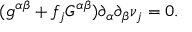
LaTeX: ( g ^ { \alpha \beta } + f _ { j } G ^ { \alpha \beta } ) \partial _ { \alpha } \partial _ { \beta } \nu _ { j } = 0 .